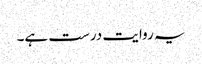
یہ روایت درست ہے۔